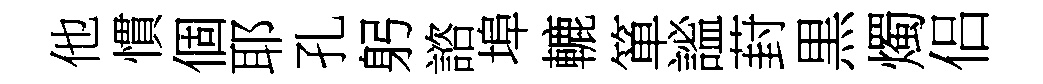
他慣個耶孔躬諮埠轆箪謐葑黒燭侣